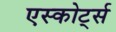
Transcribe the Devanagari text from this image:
एस्कोर्ट्स